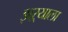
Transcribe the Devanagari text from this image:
झऱ्याला